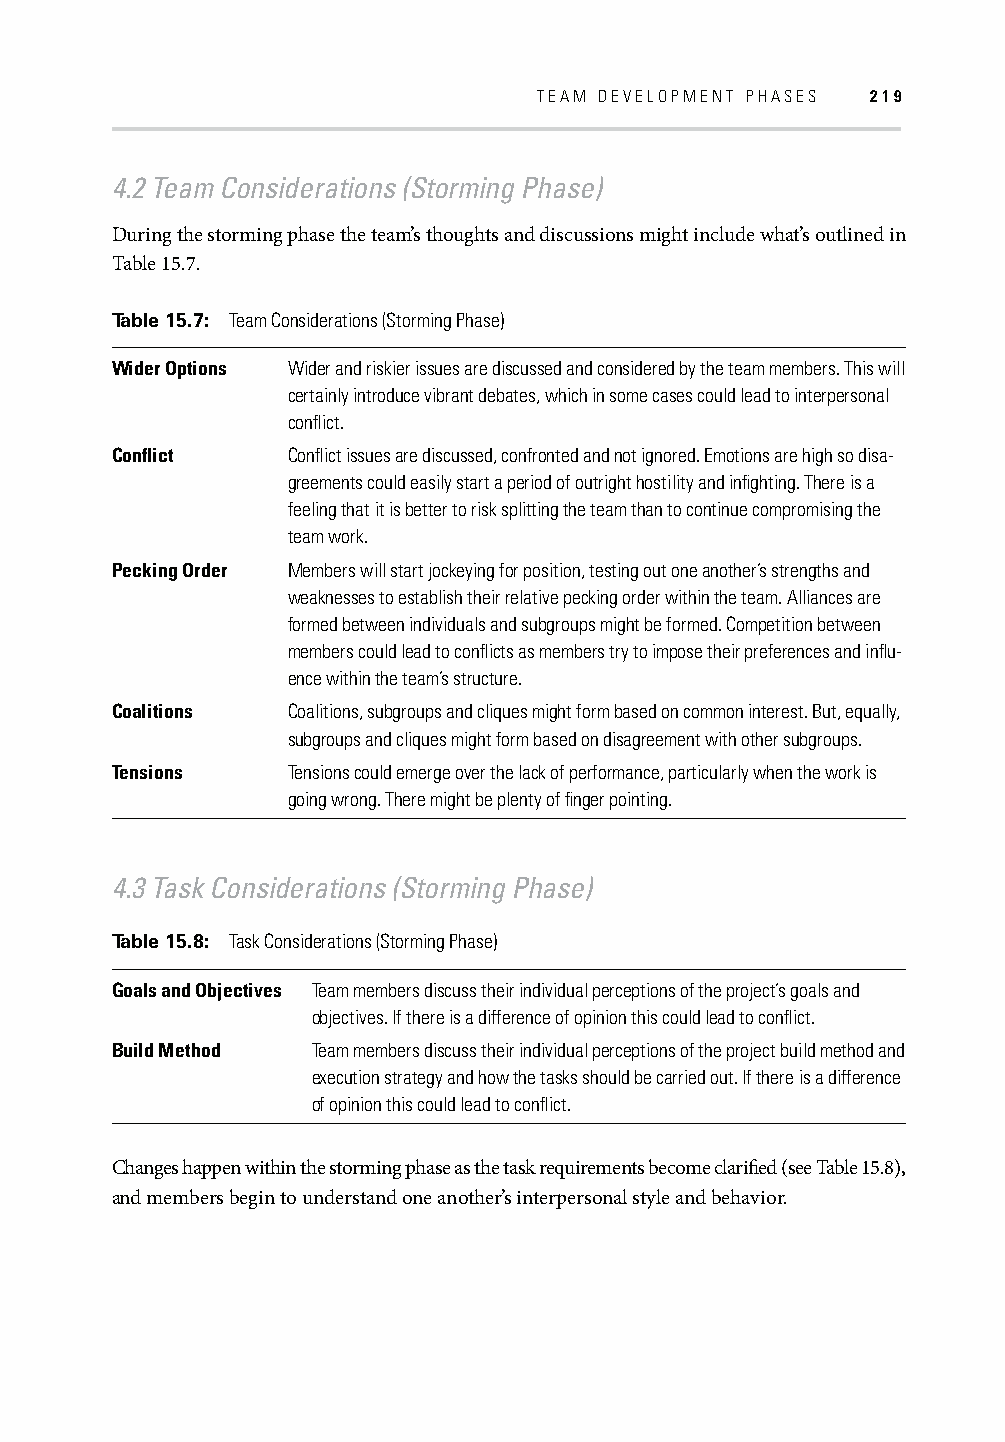
TEAM DEVELOPMENT PHASES 219
 4.2 Team Considerations (Storming Phase)
 During the storming phase the team’s thoughts and discussions might include what’s outlined in
 Table 15.7.
 Table 15.7: Team Considerations (Storming Phase)
 Wider Options Wider and riskier issues are discussed and considered by the team members. This will
 certainly introduce vibrant debates, which in some cases could lead to interpersonal
 confl ict.
 Confl ict   Confl ict issues are discussed, confronted and not ignored. Emotions are high so disa-
 greements could easily start a period of outright hostility and infi ghting. There is a
 feeling that it is better to risk splitting the team than to continue compromising the
 team work.
 Pecking Order Members will start jockeying for position, testing out one another’s strengths and
 weaknesses to establish their relative pecking order within the team. Alliances are
 formed between individuals and subgroups might be formed. Competition between
 members could lead to confl icts as members try to impose their preferences and infl u-
 ence within the team’s structure.
 Coalitions  Coalitions, subgroups and cliques might form based on common interest. But, equally,
 subgroups and cliques might form based on disagreement with other subgroups.
 Tensions    Tensions could emerge over the lack of performance, particularly when the work is
 going wrong. There might be plenty of fi nger pointing.
 4.3 Task Considerations (Storming Phase)
 Table 15.8: Task Considerations (Storming Phase)
 Goals and Objectives Team members discuss their individual perceptions of the project’s goals and
 objectives. If there is a difference of opinion this could lead to confl ict.
 Build Method  Team members discuss their individual perceptions of the project build method and
 execution strategy and how the tasks should be carried out. If there is a difference
 of opinion this could lead to confl ict.
 Changes happen within the storming phase as the task requirements become clarifi ed (see Table 15.8),
 and members begin to understand one another’s interpersonal style and behavior.